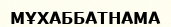
МҰХАББАТНАМА